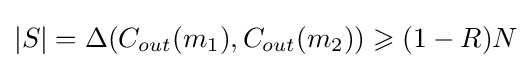
|S|=\Delta (C_{out}(m_{1}),C_{out}(m_{2}))\geqslant (1-R)N